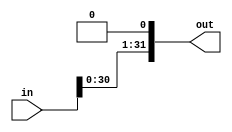
module shift_left_one(

input [31:0] in, 
output reg [31:0] out

);

always @(*) begin
    out = {in[30:0], 1'b0};
end

endmodule